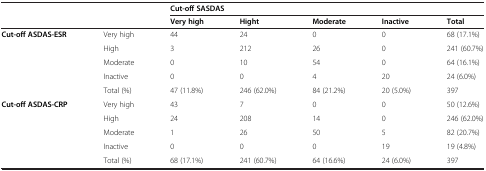
| <ROWSPAN=2-COLSPAN=2>  | <COLSPAN=5> Cut-off SASDAS |
 | Very high | Hight | Moderate | Inactive | Total |
 | --- | --- | --- | --- | --- | --- | --- |
 | <ROWSPAN=5> Cut-off ASDAS-ESR | Very high | 44 | 24 | 0 | 0 | 68 (17.1%) |
 | High | 3 | 212 | 26 | 0 | 241 (60.7%) |
 | Moderate | 0 | 10 | 54 | 0 | 64 (16.1%) |
 | Inactive | 0 | 0 | 4 | 20 | 24 (6.0%) |
 | Total (%) | 47 (11.8%) | 246 (62.0%) | 84 (21.2%) | 20 (5.0%) | 397 |
 | <ROWSPAN=5> Cut-off ASDAS-CRP | Very high | 43 | 7 | 0 | 0 | 50 (12.6%) |
 | High | 24 | 208 | 14 | 0 | 246 (62.0%) |
 | Moderate | 1 | 26 | 50 | 5 | 82 (20.7%) |
 | Inactive | 0 | 0 | 0 | 19 | 19 (4.8%) |
 | Total (%) | 68 (17.1%) | 241 (60.7%) | 64 (16.6%) | 24 (6.0%) | 397 |